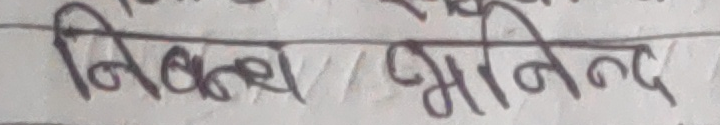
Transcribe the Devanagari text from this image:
निवन्ध / अभिनन्द